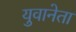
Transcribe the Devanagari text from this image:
युवानेता